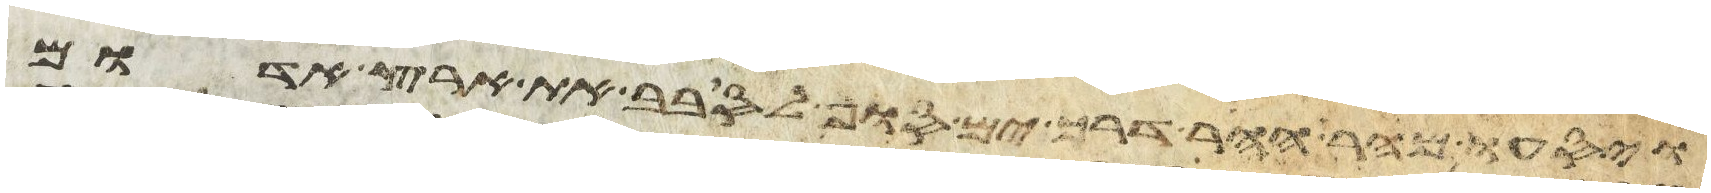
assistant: ויסעו מהר ההר דרך ים סוף לסבב את ארץ אדום